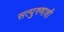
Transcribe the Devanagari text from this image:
सत्पुरुषाशी